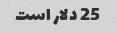
25 دلار است